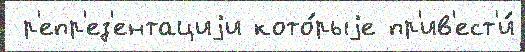
 р'епр'ез'ентациjи кото́рыjе пр'ив'ест'и́